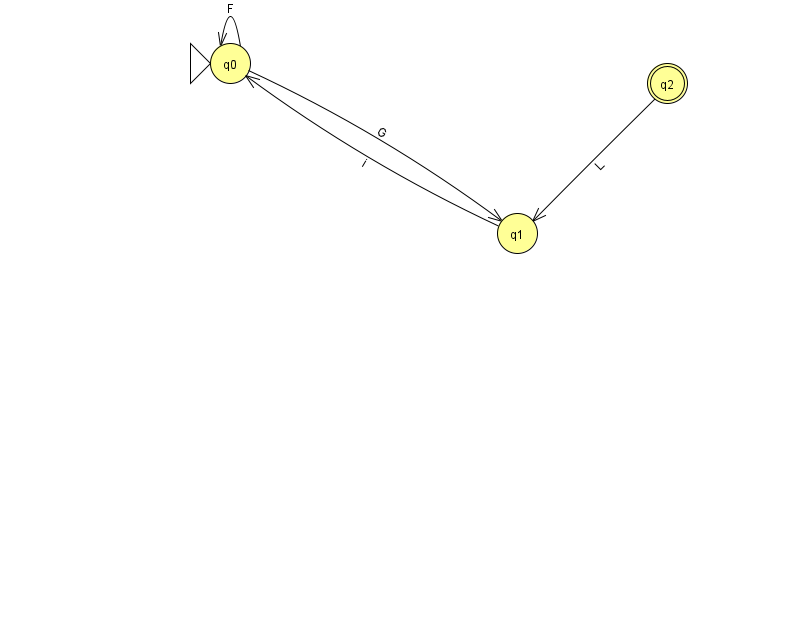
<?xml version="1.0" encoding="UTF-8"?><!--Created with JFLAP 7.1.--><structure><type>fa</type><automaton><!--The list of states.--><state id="0" name="q0"><x>230.0</x><y>50.0</y><initial/></state><state id="1" name="q1"><x>517.0</x><y>220.0</y></state><state id="2" name="q2"><x>667.0</x><y>70.0</y><final/></state><!--The list of transitions.--><transition><from>2</from><to>1</to><read>L</read></transition><transition><from>0</from><to>0</to><read>F</read></transition><transition><from>0</from><to>1</to><read>G</read></transition><transition><from>1</from><to>0</to><read>i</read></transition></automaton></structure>